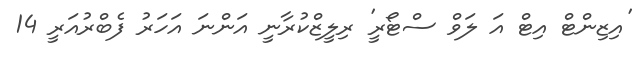
'އިޒިންޓް އިޓް އަ ލަވް ސްޓޯރީ' ރިލީޒްކުރާނީ އަންނަ އަހަރު ފެބްރުއަރީ 14